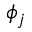
\phi _ { j }